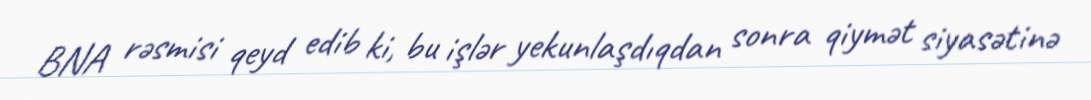
BNA rəsmisi qeyd edib ki, bu işlər yekunlaşdıqdan sonra qiymət siyasətinə